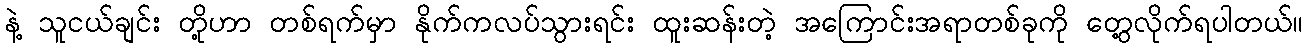
နဲ့ သူငယ်ချင်း တို့ဟာ တစ်ရက်မှာ နိုက်ကလပ်သွားရင်း ထူးဆန်းတဲ့ အကြောင်းအရာတစ်ခုကို တွေ့လိုက်ရပါတယ်။